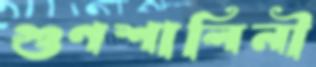
গুণশালিনী